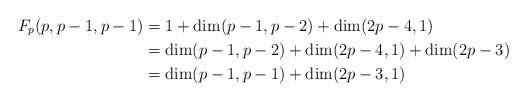
LaTeX: \begin{align*}F_p(p,p-1,p-1)&=1+\dim(p-1,p-2)+\dim(2p-4,1)\cr&=\dim(p-1,p-2)+\dim(2p-4,1)+\dim(2p-3)\cr&=\dim(p-1,p-1)+\dim(2p-3,1)\end{align*}